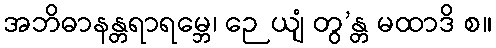
အဘိဓာနန္တရာရမ္ဘေ၊ ဉေယျံ တွ’န္တ မထာဒိ စ။